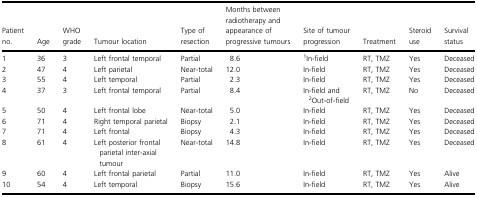
<table><thead><tr><td><b>Patient no.</b></td><td><b>Age</b></td><td><b>WHO grade</b></td><td><b>Tumour location</b></td><td><b>Type of resection</b></td><td><b>Months between radiotherapy and appearance of progressive tumours</b></td><td><b>Site of tumour progression</b></td><td><b>Treatment</b></td><td><b>Steroid use</b></td><td><b>Survival status</b></td></tr></thead><tbody><tr><td>1</td><td>36</td><td>3</td><td>Left frontal temporal</td><td>Partial</td><td>8.6</td><td>1In-field</td><td>RT, TMZ</td><td>Yes</td><td>Deceased</td></tr><tr><td>2</td><td>47</td><td>4</td><td>Left parietal</td><td>Near-total</td><td>12.0</td><td>In-field</td><td>RT, TMZ</td><td>Yes</td><td>Deceased</td></tr><tr><td>3</td><td>55</td><td>4</td><td>Left temporal</td><td>Partial</td><td>2.3</td><td>In-field</td><td>RT, TMZ</td><td>Yes</td><td>Deceased</td></tr><tr><td>4</td><td>37</td><td>3</td><td>Left frontal temporal</td><td>Partial</td><td>8.4</td><td>In-field and 2Out-of-field</td><td>RT, TMZ</td><td>No</td><td>Deceased</td></tr><tr><td>5</td><td>50</td><td>4</td><td>Left frontal lobe</td><td>Near-total</td><td>5.0</td><td>In-field</td><td>RT, TMZ</td><td>Yes</td><td>Deceased</td></tr><tr><td>6</td><td>71</td><td>4</td><td>Right temporal parietal</td><td>Biopsy</td><td>2.1</td><td>In-field</td><td>RT, TMZ</td><td>Yes</td><td>Deceased</td></tr><tr><td>7</td><td>71</td><td>4</td><td>Left frontal</td><td>Biopsy</td><td>4.3</td><td>In-field</td><td>RT, TMZ</td><td>Yes</td><td>Deceased</td></tr><tr><td>8</td><td>61</td><td>4</td><td>Left posterior frontal parietal inter-axial tumour</td><td>Near-total</td><td>14.8</td><td>In-field</td><td>RT, TMZ</td><td>Yes</td><td>Deceased</td></tr><tr><td>9</td><td>60</td><td>4</td><td>Left frontal parietal</td><td>Partial</td><td>11.0</td><td>In-field</td><td>RT, TMZ</td><td>Yes</td><td>Alive</td></tr><tr><td>10</td><td>54</td><td>4</td><td>Left temporal</td><td>Biopsy</td><td>15.6</td><td>In-field</td><td>RT, TMZ</td><td>Yes</td><td>Alive</td></tr></tbody></table>